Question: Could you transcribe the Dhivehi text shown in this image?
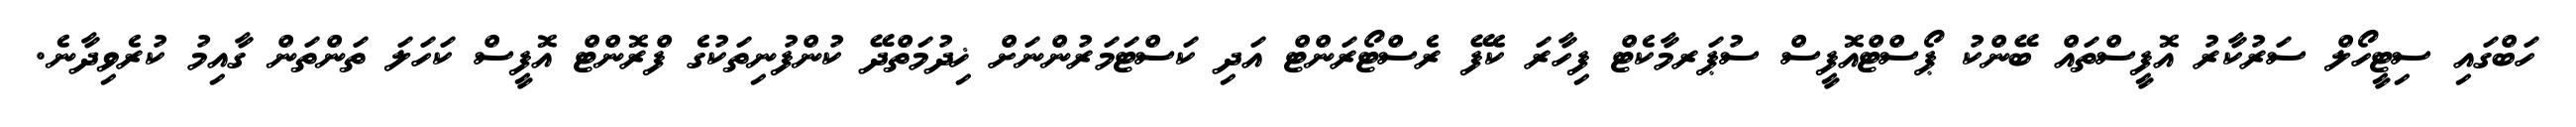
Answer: ހަބްގައި ސިޓީހޯލް ސަރުކާރު އޮފީސްތައް ބޭންކު ޕޯސްޓްއޮފީސް ސުޕަރމާކެޓް ފިހާރަ ކެފޭ ރެސްޓޯރަންޓް އަދި ކަސްޓަމަރުންނަށް ޚިދުމަތްދޭ ކުންފުނިތަކުގެ ފްރޮންޓް އޮފީސް ކަހަލަ ތަންތަން ގާއިމު ކުރެވިދާނެ.